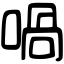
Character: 喎